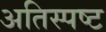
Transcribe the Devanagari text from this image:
अतिस्पष्ट